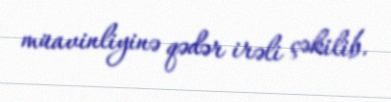
müavinliyinə qədər irəli çəkilib.